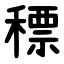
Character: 䅺